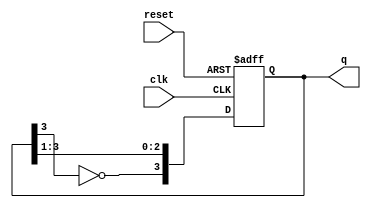
module JohnsonCounter #(parameter n = 4) (
    input wire clk,          // Clock input
    input wire reset,        // Asynchronous reset
    output reg [n-1:0] q     // Counter output
);

// Internal signal for feedback
wire feedback;

// Generate feedback as the inverted output of the last flip-flop
assign feedback = ~q[n-1];

// Sequential logic for the Johnson Counter
always @(posedge clk or posedge reset) begin
    if (reset) begin
        // Asynchronous reset: set counter to 0
        q <= 0;
    end else begin
        // Shift the state and apply feedback
        q <= {feedback, q[n-1:1]};
    end
end

endmodule